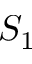
S _ { 1 }